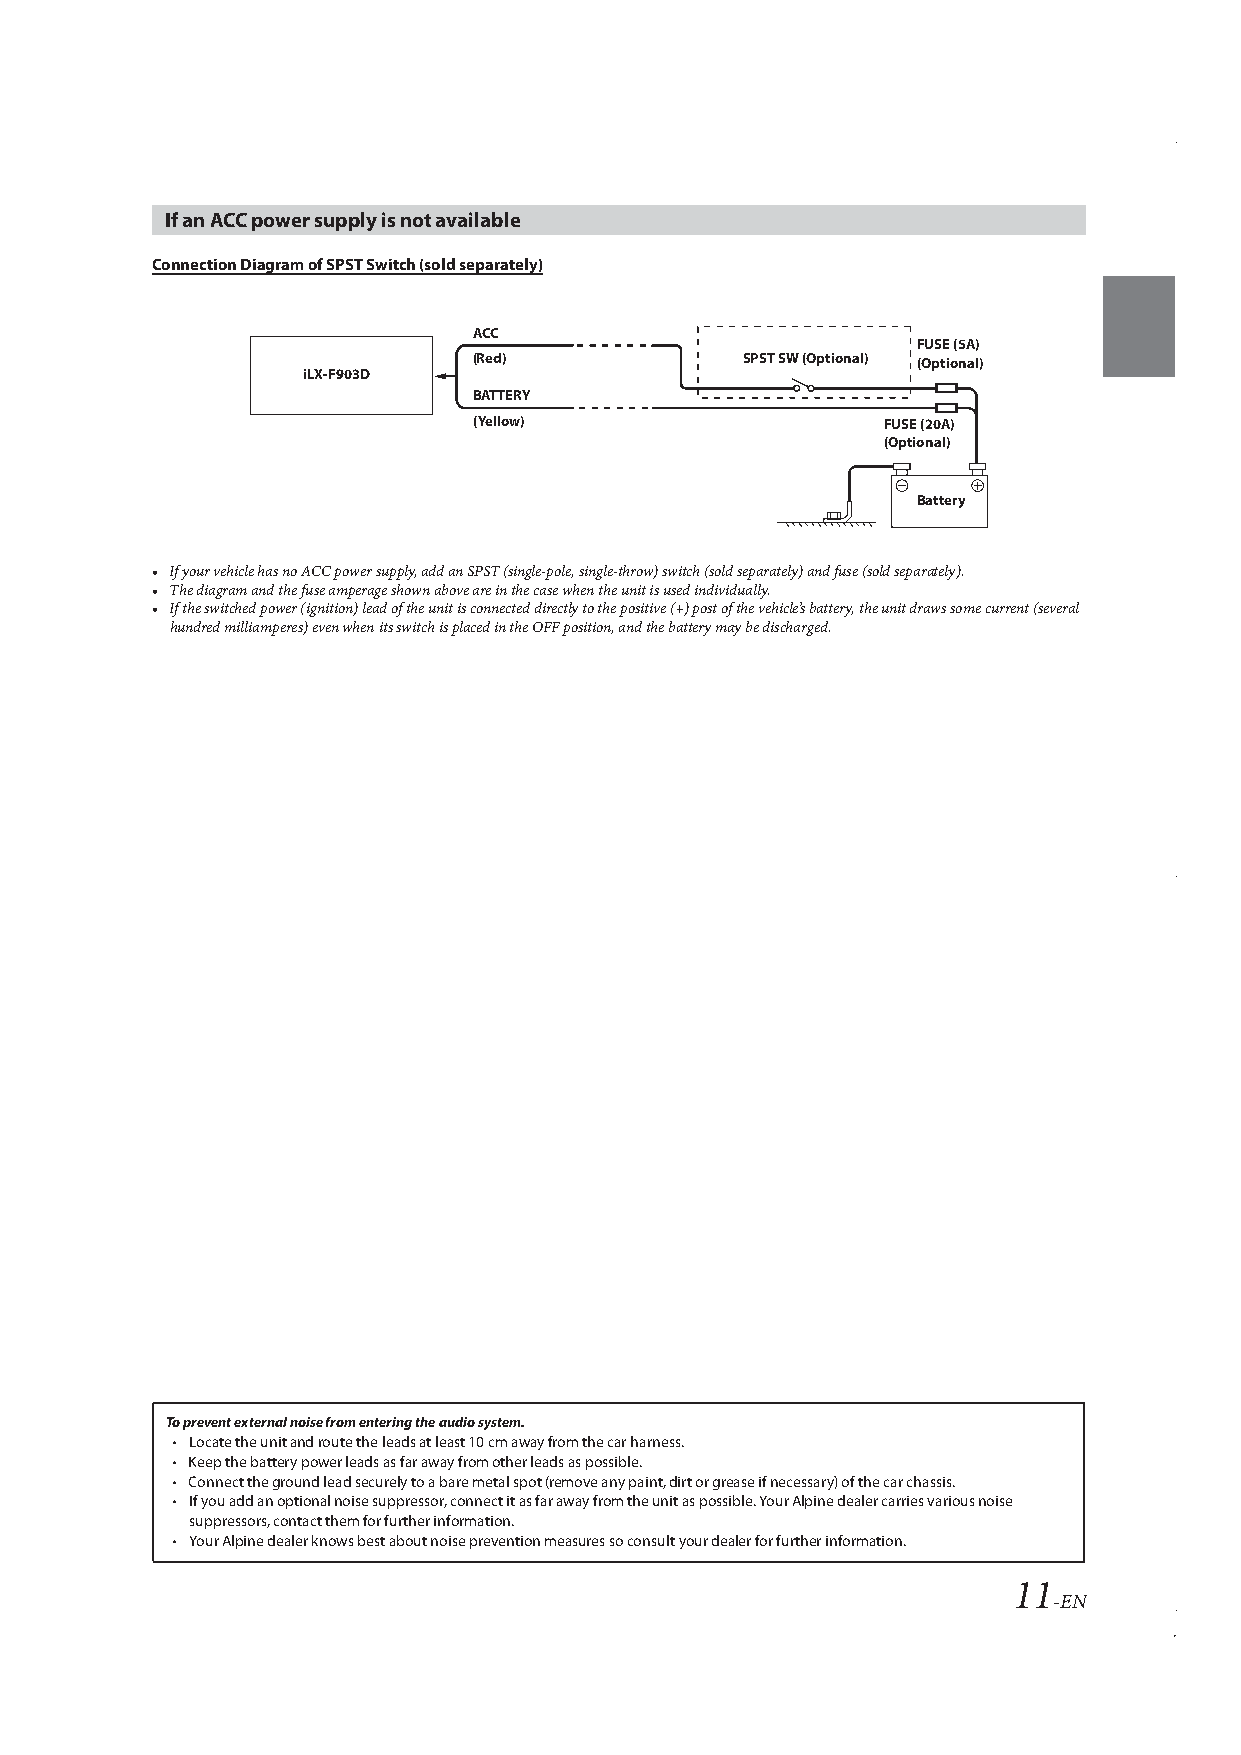
If an ACC power supply is not available
 Connection Diagram of SPST Switch (sold separately)
 ACC
 FUSE (5A)
 (Red)             SPST SW (Optional) (Optional)
 iLX-F903D
 BATTERY
 (Yellow)                    FUSE (20A)
 (Optional)
 Battery
 • If your vehicle has no ACC power supply, add an SPST (single-pole, single-throw) switch (sold separately) and fuse (sold separately).
 • The diagram and the fuse amperage shown above are in the case when the unit is used individually.
 • If the switched power (ignition) lead of the unit is connected directly to the positive (+) post of the vehicle’s battery, the unit draws some current (several
 hundred milliamperes) even when its switch is placed in the OFF position, and the battery may be discharged.
 To prevent external noise from entering the audio system.
 • Locate the unit and route the leads at least 10 cm away from the car harness.
 • Keep the battery power leads as far away from other leads as possible.
 • Connect the ground lead securely to a bare metal spot (remove any paint, dirt or grease if necessary) of the car chassis.
 • If you add an optional noise suppressor, connect it as far away from the unit as possible. Your Alpine dealer carries various noise
 suppressors, contact them for further information.
 • Your Alpine dealer knows best about noise prevention measures so consult your dealer for further information.
 11
 -EN